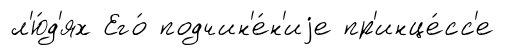
л'ю́д'ях Его́ подчин'е́н'иjе пр'инце́сс'е